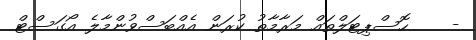
-    ހޮސްޕިޓަލްތައް މަރާމާތު ކުރަން އެއްބަސްވުންމާލެ އޯގަސްޓް